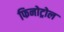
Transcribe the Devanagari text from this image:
फिनोट्रोल